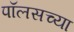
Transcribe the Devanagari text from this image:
पॉलसच्या